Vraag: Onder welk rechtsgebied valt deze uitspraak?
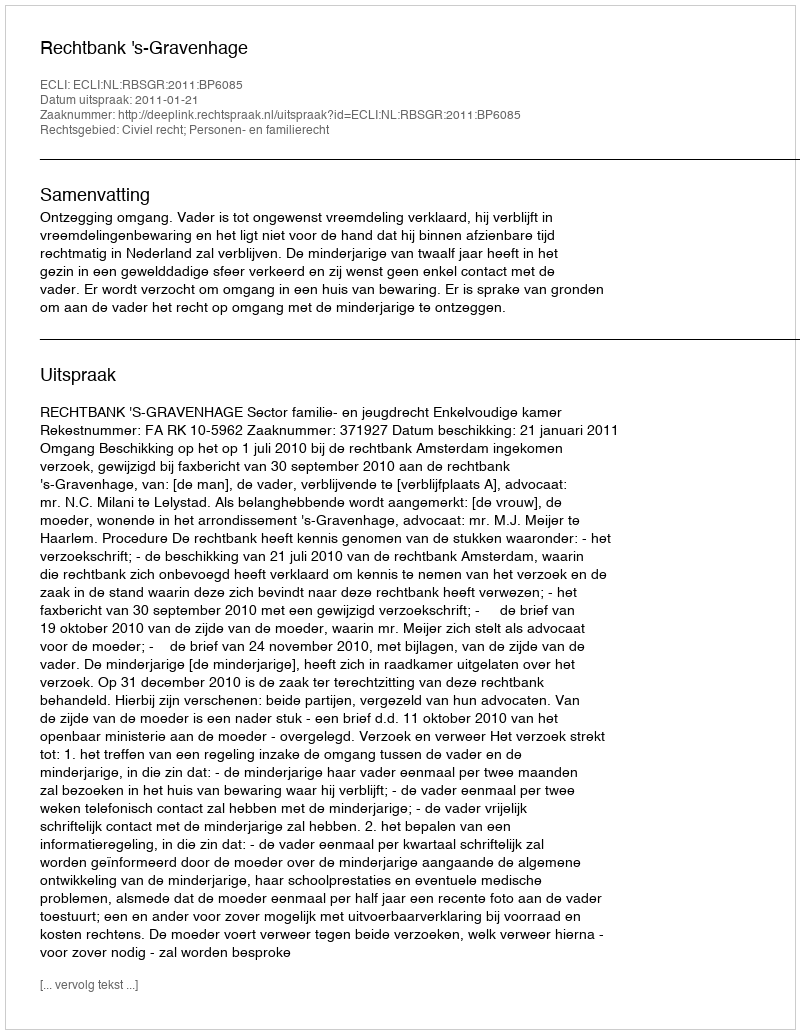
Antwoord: Civiel recht; Personen- en familierecht